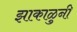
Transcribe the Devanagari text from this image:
झाकाळुनी